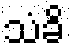
သံခိ